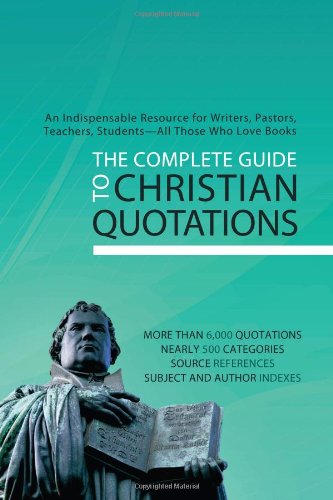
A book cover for The Complete Guide To Christian Quotations; Compiled by Barbour Staff; Christian Books & Bibles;